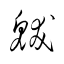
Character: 魃